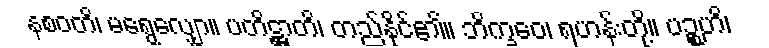
နစဝတိ၊ မရွေလျှော။ ပတိဋ္ဌာတိ၊ တည်နိုင်၏။ ဘိက္ခဝေ၊ ရဟန်းတို့။ ပဉ္စဟိ၊